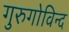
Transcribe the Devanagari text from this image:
गुरुगोविन्द